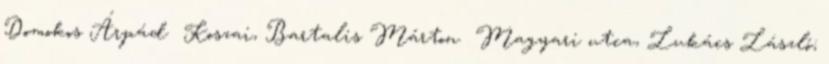
Domokos Árpád Koszai, Bartalis Márton Magyari utca, Lukács László;